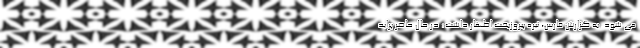
می شود. به گزارش فارس، نیره پیروزبخت اظهار داشت: در حال حاضر پراید